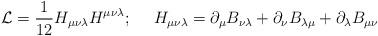
LaTeX: \begin{align*}{\cal L} = \frac{1}{12}H_{\mu\nu\lambda}H^{\mu\nu\lambda}; ~~~~H_{\mu\nu\lambda} = \partial_\mu B_{\nu\lambda} + \partial_\nu B_{\lambda\mu} + \partial_\lambda B_{\mu\nu} \end{align*}